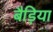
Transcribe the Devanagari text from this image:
बैड़िया